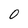
Character: 0